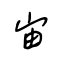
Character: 宙